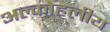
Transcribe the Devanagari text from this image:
अल्कोहलीय